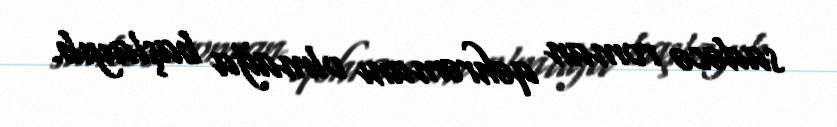
sadəcə roman qəhrəmanı olmağa başlayıb.